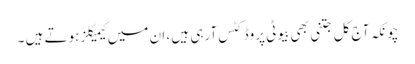
چونکہ آج کل جتنی بھی بیوٹی پروڈکٹس آرہی ہیں ، ان میں کیمیکلز ہوتے ہیں ۔